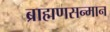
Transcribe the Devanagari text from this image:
ब्राह्मणसन्मान